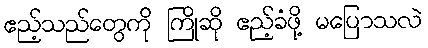
ဧည့်သည်တွေကို ကြိုဆို ဧည့်ခံဖို့ မပြောသလဲ